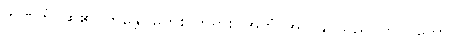
ဘဏတိ၊ ဆို၏။ ဘန္တေ၊ မြတ်စွာဘုရား။ အဟံ၊ အကွန်ုပ်သည်။ ဘဂဝတော၊